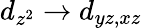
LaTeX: d_{z^{2}}\rightarrow d_{yz,xz}